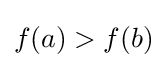
f(a)>f(b)